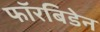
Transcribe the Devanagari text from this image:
फॉरबिडेन